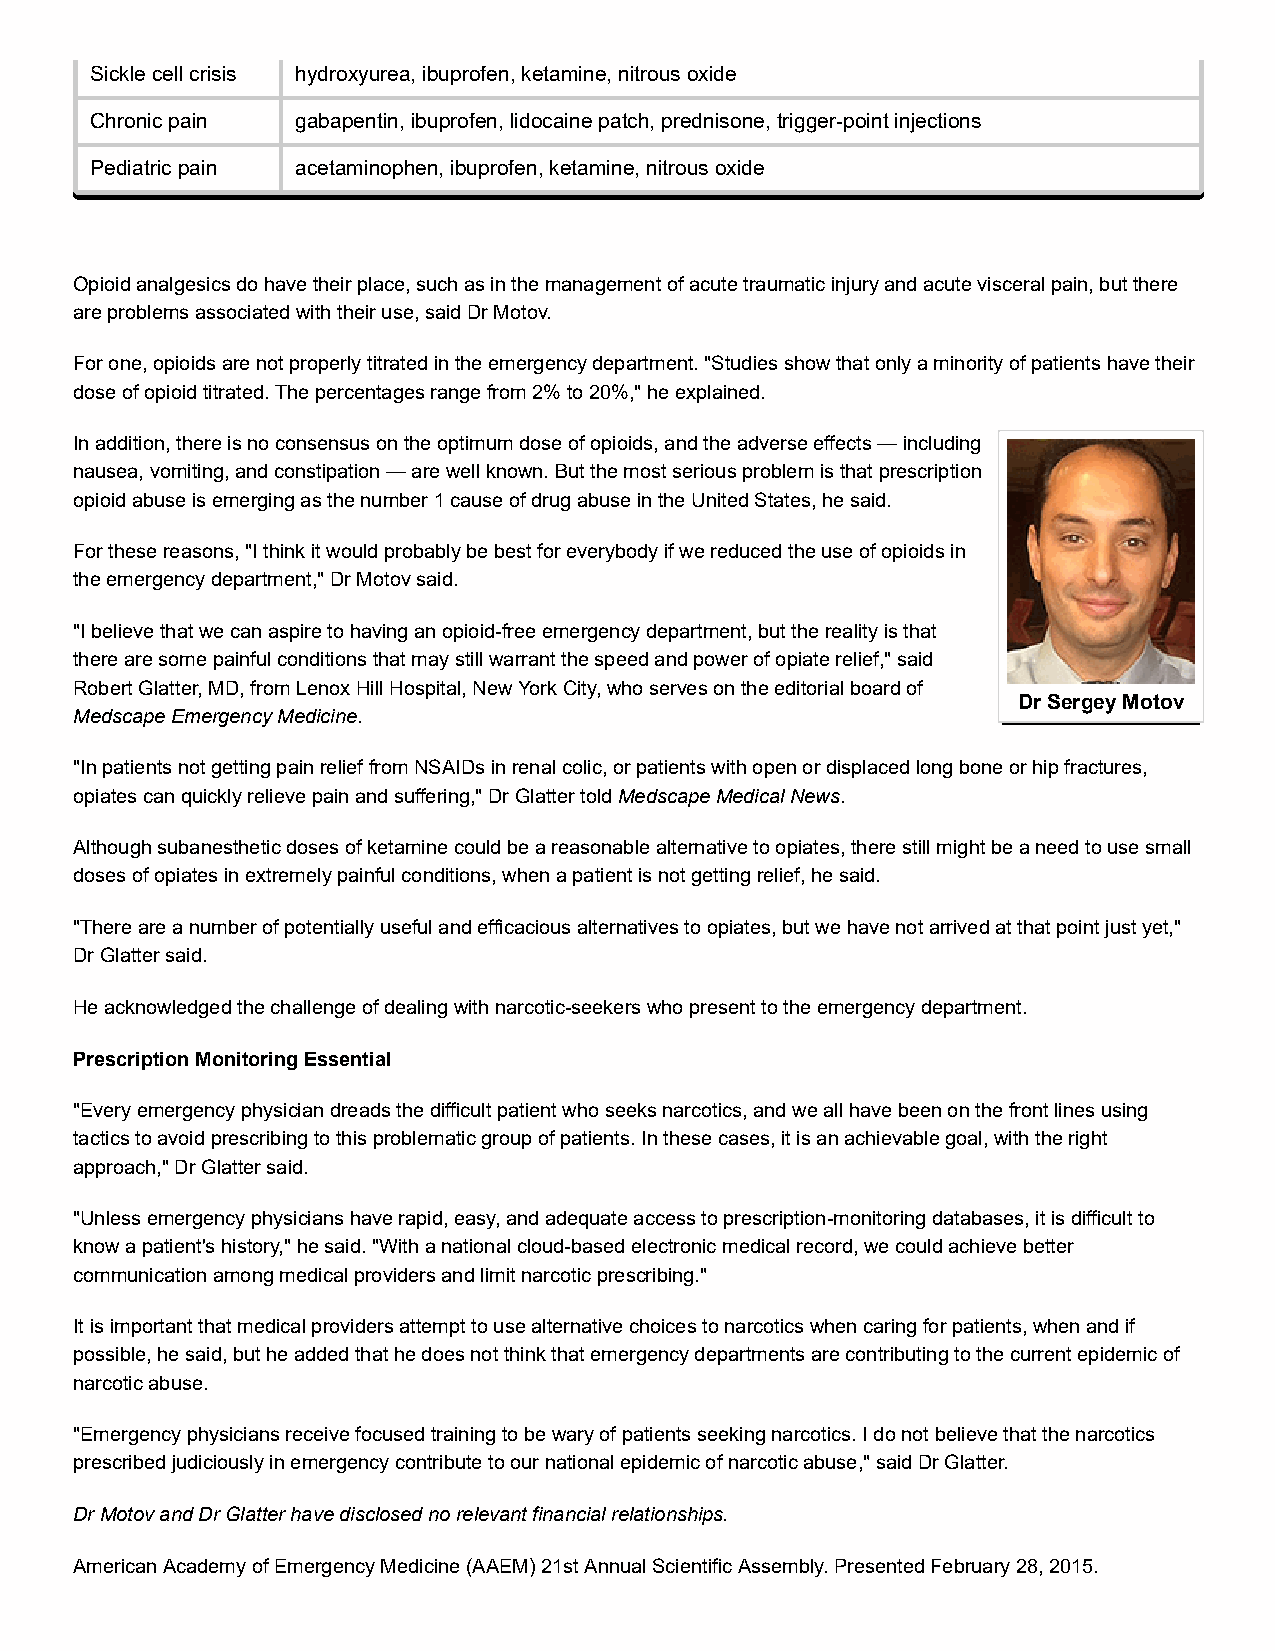
Sickle cell crisis hydroxyurea, ibuprofen, ketamine, nitrous oxide
 Chronic pain  gabapentin, ibuprofen, lidocaine patch, prednisone, trigger­point injections
 Pediatric pain acetaminophen, ibuprofen, ketamine, nitrous oxide
 Opioid analgesics do have their place, such as in the management of acute traumatic injury and acute visceral pain, but there
 are problems associated with their use, said Dr Motov.
 For one, opioids are not properly titrated in the emergency department. "Studies show that only a minority of patients have their
 dose of opioid titrated. The percentages range from 2% to 20%," he explained.
 In addition, there is no consensus on the optimum dose of opioids, and the adverse effects — including
 nausea, vomiting, and constipation — are well known. But the most serious problem is that prescription
 opioid abuse is emerging as the number 1 cause of drug abuse in the United States, he said.
 For these reasons, "I think it would probably be best for everybody if we reduced the use of opioids in
 the emergency department," Dr Motov said.
 "I believe that we can aspire to having an opioid­free emergency department, but the reality is that
 there are some painful conditions that may still warrant the speed and power of opiate relief," said
 Robert Glatter, MD, from Lenox Hill Hospital, New York City, who serves on the editorial board of
 Dr Sergey Motov
 Medscape Emergency Medicine.
 "In patients not getting pain relief from NSAIDs in renal colic, or patients with open or displaced long bone or hip fractures,
 opiates can quickly relieve pain and suffering," Dr Glatter told Medscape Medical News.
 Although subanesthetic doses of ketamine could be a reasonable alternative to opiates, there still might be a need to use small
 doses of opiates in extremely painful conditions, when a patient is not getting relief, he said.
 "There are a number of potentially useful and efficacious alternatives to opiates, but we have not arrived at that point just yet,"
 Dr Glatter said.
 He acknowledged the challenge of dealing with narcotic­seekers who present to the emergency department.
 Prescription Monitoring Essential
 "Every emergency physician dreads the difficult patient who seeks narcotics, and we all have been on the front lines using
 tactics to avoid prescribing to this problematic group of patients. In these cases, it is an achievable goal, with the right
 approach," Dr Glatter said.
 "Unless emergency physicians have rapid, easy, and adequate access to prescription­monitoring databases, it is difficult to
 know a patient's history," he said. "With a national cloud­based electronic medical record, we could achieve better
 communication among medical providers and limit narcotic prescribing."
 It is important that medical providers attempt to use alternative choices to narcotics when caring for patients, when and if
 possible, he said, but he added that he does not think that emergency departments are contributing to the current epidemic of
 narcotic abuse.
 "Emergency physicians receive focused training to be wary of patients seeking narcotics. I do not believe that the narcotics
 prescribed judiciously in emergency contribute to our national epidemic of narcotic abuse," said Dr Glatter.
 Dr Motov and Dr Glatter have disclosed no relevant financial relationships.
 American Academy of Emergency Medicine (AAEM) 21st Annual Scientific Assembly. Presented February 28, 2015.